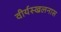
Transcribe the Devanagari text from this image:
वीर्यस्खलनास